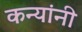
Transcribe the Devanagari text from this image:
कन्यांनी